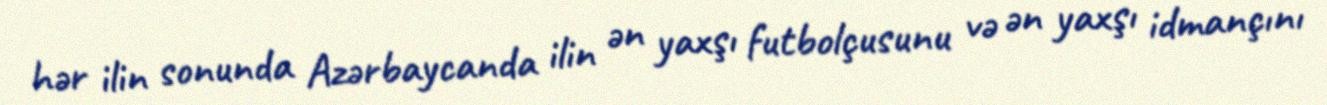
hər ilin sonunda Azərbaycanda ilin ən yaxşı futbolçusunu və ən yaxşı idmançını